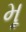
મૂ